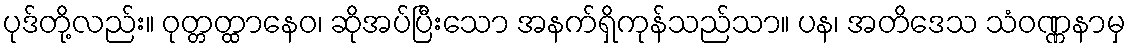
ပုဒ်တို့လည်း။ ဝုတ္တတ္ထာနေဝ၊ ဆိုအပ်ပြီးသော အနက်ရှိကုန်သည်သာ။ ပန၊ အတိဒေသ သံဝဏ္ဏနာမှ